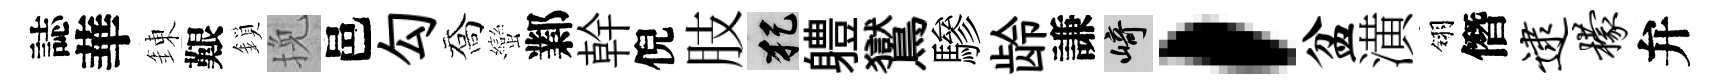
誌華錬艱鎖挽邑勾喬蠻鄴幹倪肢犯軆鸑驂龄謙崎，盆潢翎僭逮檬弁